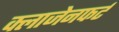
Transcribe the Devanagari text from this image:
क्लाजेनफर्ट